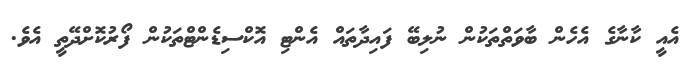
އެއީ ކާނާގެ އެހެން ބާވަތްތަކުން ނުލިބޭ ފައިދާތައް އެންޓި އޮކްސިޑެންޓްތަކުން ފޯރުކޮށްދޭތީ އެވެ.